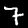
Label: 7